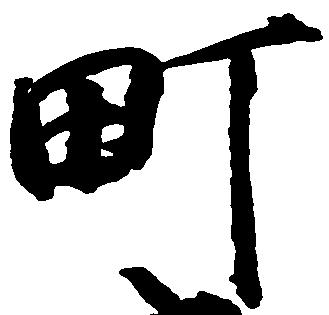
町